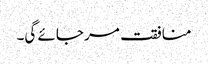
منافقت مر جائے گی۔